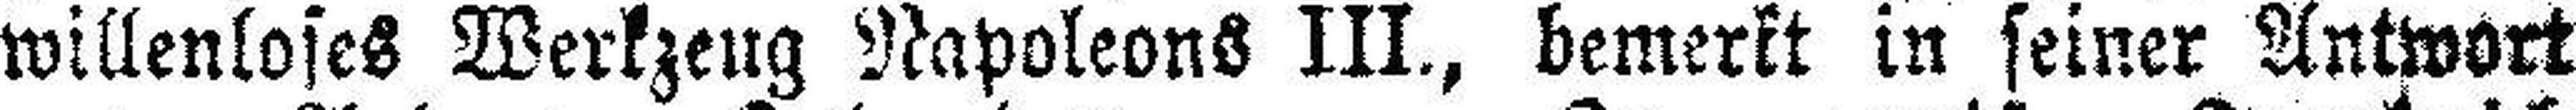
willenloses Werkzeug Napoleons III., bemerkt in seiner Antwort